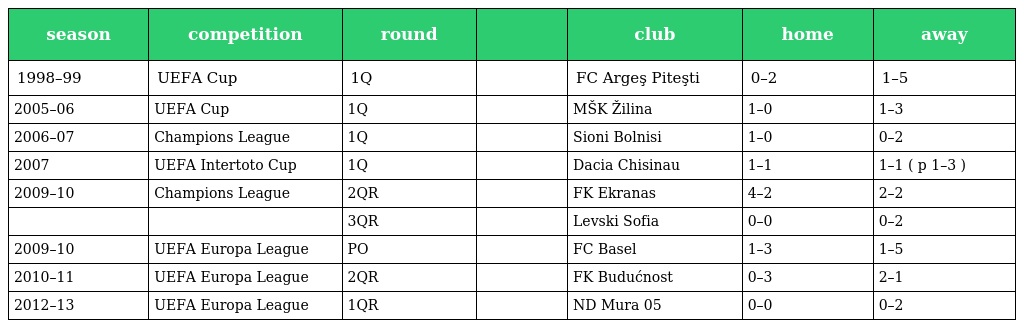
| season | competition | round |  | club | home | away |
 | --- | --- | --- | --- | --- | --- | --- |
 | 1998–99 | UEFA Cup | 1Q |  | FC Argeş Piteşti | 0–2 | 1–5 |
 | 2005–06 | UEFA Cup | 1Q |  | MŠK Žilina | 1–0 | 1–3 |
 | 2006–07 | Champions League | 1Q |  | Sioni Bolnisi | 1–0 | 0–2 |
 | 2007 | UEFA Intertoto Cup | 1Q |  | Dacia Chisinau | 1–1 | 1–1 ( p 1–3 ) |
 | 2009–10 | Champions League | 2QR |  | FK Ekranas | 4–2 | 2–2 |
 |  |  | 3QR |  | Levski Sofia | 0–0 | 0–2 |
 | 2009–10 | UEFA Europa League | PO |  | FC Basel | 1–3 | 1–5 |
 | 2010–11 | UEFA Europa League | 2QR |  | FK Budućnost | 0–3 | 2–1 |
 | 2012–13 | UEFA Europa League | 1QR |  | ND Mura 05 | 0–0 | 0–2 |